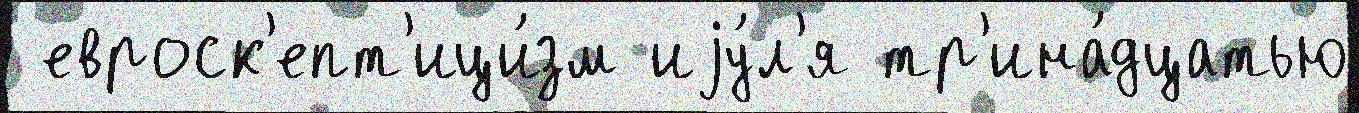
 евроск'епт'ици́зм иjу́л'я тр'ина́дцатью